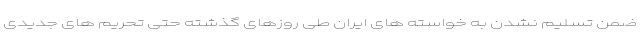
ضمن تسلیم نشدن به خواسته های ایران طی روزهای گذشته حتی تحریم های جدیدی